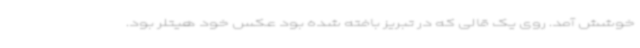
خوشش آمد. روی یک قالی که در تبریز بافته شده بود عکس خود هیتلر بود.